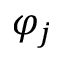
\varphi _ { j }